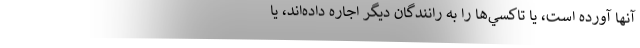
آنها آورده است، يا تاكسي‌ها را به رانندگان ديگر اجاره داده‌اند، يا